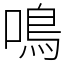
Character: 鳴